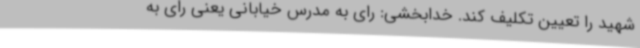
شهید را تعیین تکلیف کند. خدابخشی: رای به مدرس خیابانی یعنی رای به